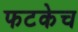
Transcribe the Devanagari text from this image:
फटकेच